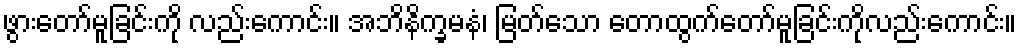
ဖွားတော်မူခြင်းကို လည်းကောင်း။ အဘိနိက္ခမနံ၊ မြတ်သော တောထွက်တော်မူခြင်းကိုလည်းကောင်း။